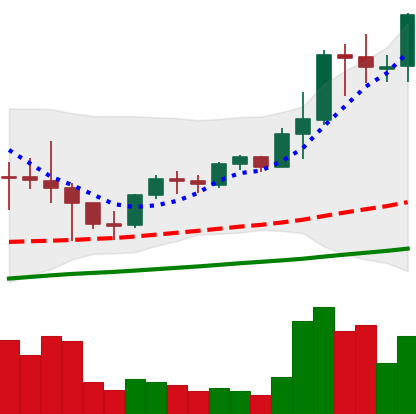
Ticker: LTC-USD
Chart end date: 2021-05-09
Forward return: -15.582%
Label: down_7plus